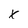
Character: x